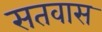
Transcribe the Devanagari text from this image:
सतवास